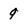
Character: 9